King Institute of Preventive Medicine Micro-Biological Section reports 1912-19
Year: 1912
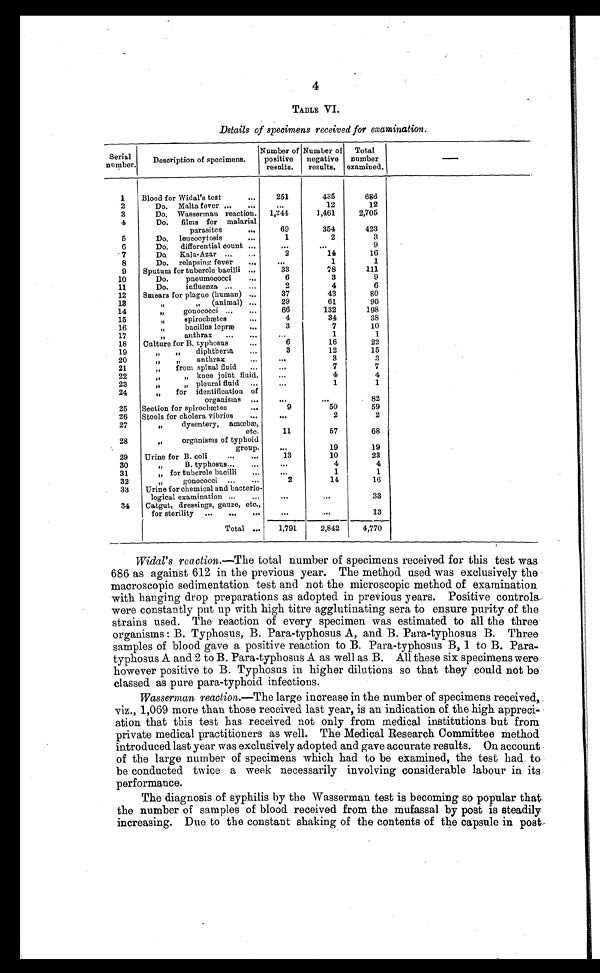
4
TABLE VI.
Details of specimens received for examination.
Serial
number.
Description of specimens.
Number of
positive
results.
Number of
negative
results.
Total
number
examined.
—
1
Blood for Widal's test . . .
251
435
686
2
Do. Malta fever . . .
. . .
12
12
3
Do. Wasserman reaction. 1,244
1,461
2,705
4
Do. films for malarial
parasites . . .
69
354
423
5
Do. leucocytosis . . .
1
2
3
6
Do. differential count . . .
. . .
. . .
9
7
Do. Kala-Azar . . .
2
14
16
8
Do. relapsing fever . . .
. . .
1
1
9
Sputum for tubercle bacilli . . .
33
78
111
10
Do. pneumococci . . .
6
3
9
11
Do. influenza . . .
2
4
6
12
Smears for plague (human) . . .
37
43
80
1 3
"
" (animal) . . .
29
61
90
14
" gonococci . . .
66
132
198
15
" spirochætes . . .
4
34
38
16
" bacillus lepræ . . .
3
7
10
17
" anthrax . . .
. . .
1
1
18
Culture for B. typhosus . . .
6
16
22
19
" " diphtheria . . .
3
12
15
20
" " anthrax . . .
. . .
3
3
21
" from spinal fluid . . .
. . .
7
7
22
" " knee joint fluid.
. . .
4
4
23
" " pleural fluid . . .
. . .
1
1
24
" f o r i d e n t i f i c a t i o n o f
organisms . . .
. . .
. . .
82
25
Section for spirochætes . . .
9
50
59
26
Stools for cholera vibrios . . .
. . .
2
2
27
" dysentery, amœb
æ, etc.
11
57
68
28
" organisms of typhoid
group.
. . .
19
19
29
Urine for B. coli . . .
13
10
23
30
" B . t y p h o s u s . . .
. . .
4
4
31
" f o r t u b e r c l e b a c i l l i . . .
. . .
1
1
3 2
" g o n o c o c c i . . .
2
14
16
33
Urine for chemical and bacterio -
logical examination . . .
. . .
. . .
33
34
Catgut, dressings, gauze, etc.,
for sterility . . .
. . .
. . .
13
Total . . .
1,791
2,842
4,770
Widal's reaction.— The total number of specimens received for this test was
686 as against 612 in the previous year. The method used was exclusively the
macroscopic sedimentation test and not the microscopic method of examination
with hanging drop preparations as adopted in previous years. Positive controls
were constantly put up with high titre agglutinating sera to ensure purity of the
strains used. The reaction of every specimen was estimated to all the three
organisms: B. Typhosus, B. Para-typhosus A, and B. Para-typhosus B. Three
samples of blood gave a positive reaction to B. Para-typhosus B, 1 to B. Para
-
typhosus A and 2 to B. Para-typhosus A as well as B. All these six specimens were
however positive to B. Typhosus in higher dilutions so that they could not be
classed as pure para-typhoid infections.
Wasserman reaction.— The large increase in the number of specimens received,
viz., 1,069 more than those received last year, is an indication of the high appreci
-
ation that this test has received not only from medical institutions but from
private medical practitioners as well. The Medical Research Committee method
introduced last year was exclusively adopted and gave accurate results. On account
of the large number of specimens which had to be examined, the test had to
be conducted twice a week necessarily involving considerable labour in its
performance.
The diagnosis of syphilis by the Wasserman test is becoming so popular that
the number of samples of blood received from the mufassal by post is steadily
increasing. Due to the constant shaking of the contents of the capsule in post.